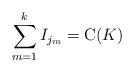
LaTeX: \begin{align*}\sum_{m =1}^k I_{j_m} = \mathrm{C}(K)\end{align*}